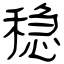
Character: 稳